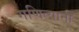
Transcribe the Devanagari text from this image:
गणित्यानीं